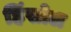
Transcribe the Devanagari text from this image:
हिंसोल